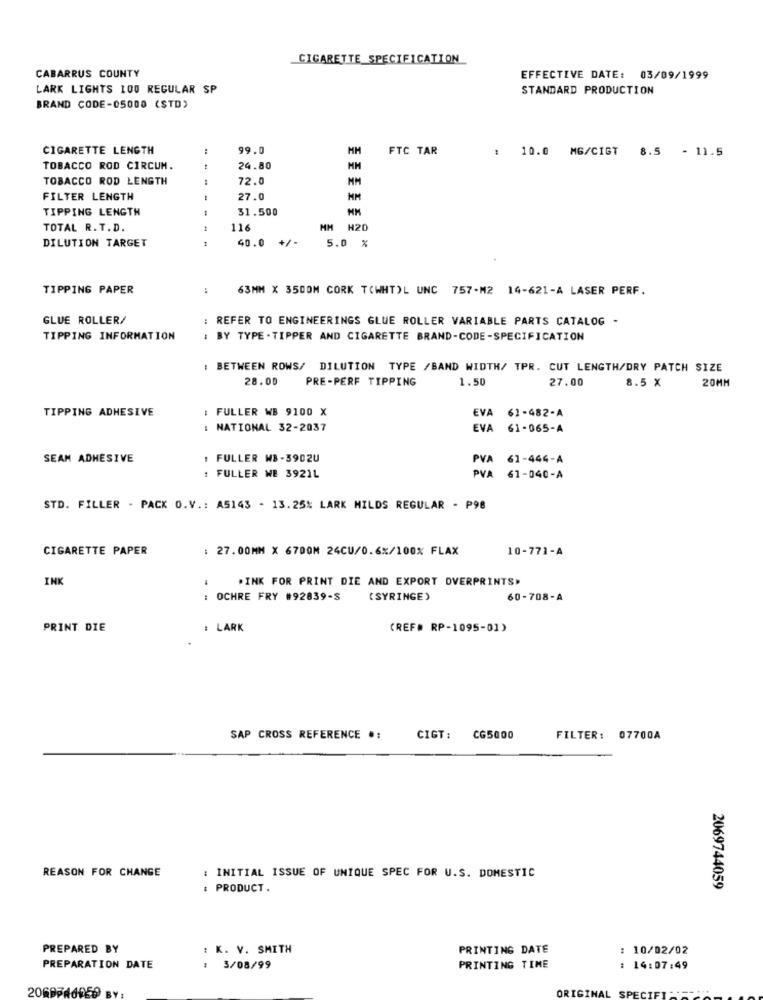
CIGARETTE_SPECIFICATION
CABARRUS COUNTY
EFFECTIVE DATE: 03/09/1999
LARK LIGHTS 100 REGULAR SP
STANDARD PRODUCTION
BRAND CODE-05000 (STD)
CIGARETTE LENGTH
99.0
HM
FTC TAR
: 10.0 MG/CIGT
8.5 - 11.5
TOBACCO ROD CIRCUM.
24.80
MM
TOBACCO ROD LENGTH
72.0
FILTER LENGTH
27.0
TIPPING LENGTH
31.500
TOTAL R.T.D.
1
116
MM H20
DILUTION TARGET
1
40.0 +/-
5.0 %
TIPPING PAPER
:
63MM X 3500M CORK T(WHTOL UNC 757-M2 14-621-A LASER PERF.
GLUE ROLLER/
: REFER TO ENGINEERINGS GLUE ROLLER VARIABLE PARTS CATALOG -
TIPPING INFORMATION
: BY TYPE - TIPPER AND CIGARETTE BRAND-CODE-SPECIFICATION
: BETWEEN ROWS/ DILUTION TYPE /BAND WIDTH/ TPR. CUT LENGTH/DRY PATCH SIZE
28.00
PRE-PERF TIPPING
1.50
27.00
20MM
8.5 X
TIPPING ADHESIVE
FULLER WB 9100 X
EVA 61-482-A
: NATIONAL 32-2037
EVA 61-065-A
SEAM ADHESIVE
: FULLER MB -3902U
PVA 61-444-A
: FULLER WE 3921L
PVA 61-040-A
STD. FILLER - PACK O.V .: A5143 - 13.25% LARK MILDS REGULAR - P98
CIGARETTE PAPER
: 27.00MM X 6700M 24CU/0.6%/100% FLAX
10-771-A
INK
.INK FOR PRINT DIE AND EXPORT OVERPRINTS>
: OCHRE FRY #92839-S
( SYRINGE)
60-708-A
PRINT DIE
: LARK
(REF# RP-1095-01)
SAP CROSS REFERENCE .:
CIGT :
CG5000
FILTER: 07700A
REASON FOR CHANGE
: INITIAL ISSUE OF UNIQUE SPEC FOR U.S. DOMESTIC
: PRODUCT.
2069744059
PREPARED BY
: K. V. SMITH
PRINTING DATE
: 10/02/02
PREPARATION DATE
: 3/08/99
PRINTING TIME
: 14:07:49
ORIGI